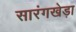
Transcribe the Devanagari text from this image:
सारंगखेड़ा